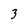
Character: 3